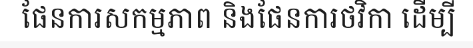
ផែនការសកម្មភាព និងផែនការថវិកា ដើម្បី